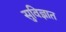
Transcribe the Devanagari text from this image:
सुविज्ञात